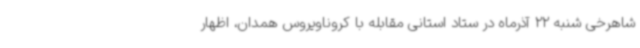
شاهرخی شنبه 22 آذرماه در ستاد استانی مقابله با کروناویروس همدان، اظهار